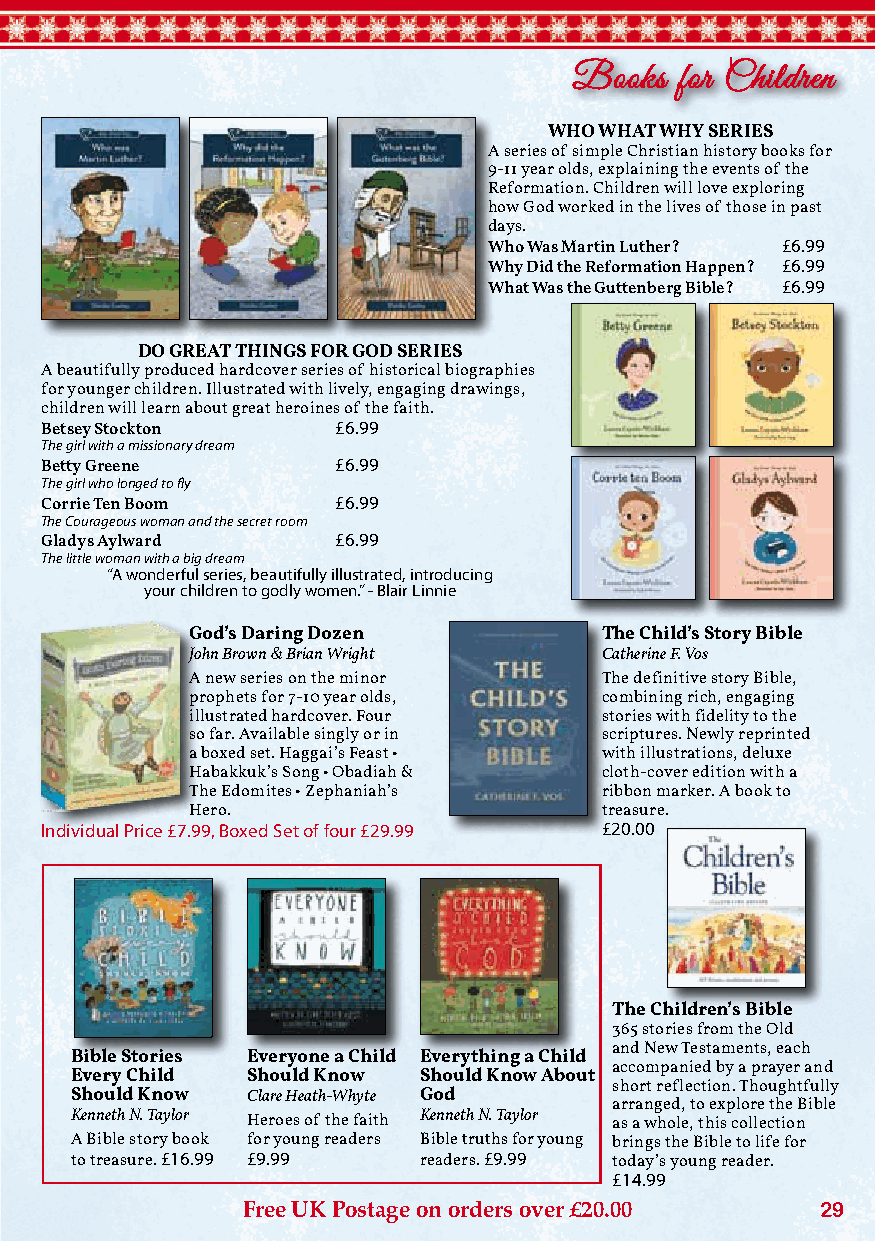
Books  for Children
 WHO WHAT WHY SERIES
 A series of simple Christian history books for
 9-11 year olds, explaining the events of the
 Reformation. Children will love exploring
 how God worked in the lives of those in past
 days.
 Who Was Martin Luther? £6.99
 Why Did the Reformation Happen? £6.99
 What Was the Guttenberg Bible? £6.99
 DO GREAT THINGS FOR GOD SERIES
 A beautifully produced hardcover series of historical biographies
 for younger children. Illustrated with lively, engaging drawings,
 children will learn about great heroines of the faith.
 Betsey Stockton    £6.99
 The girl with a missionary dream
 Betty Greene       £6.99
 The girl who longed to fly
 Corrie Ten Boom    £6.99
 The Courageous woman and the secret room
 Gladys Aylward     £6.99
 The little woman with a big dream
 “A wonderful series, beautifully illustrated, introducing
 your children to godly women.” - Blair Linnie
 God’s Daring Dozen         The Child’s Story Bible
 John Brown & Brian Wright  Catherine F. Vos
 A new series on the minor  The definitive story Bible,
 prophets for 7-10 year olds, combining rich, engaging
 illustrated hardcover. Four stories with fidelity to the
 so far. Available singly or in scriptures. Newly reprinted
 a boxed set. Haggai’s Feast • with illustrations, deluxe
 Habakkuk’s Song • Obadiah & cloth-cover edition with a
 The Edomites • Zephaniah’s ribbon marker. A book to
 Hero.                      treasure.
 Individual Price £7.99, Boxed Set of four £29.99 £20.00
 The Children’s Bible
 365 stories from the Old
 and New Testaments, each
 Bible Stories Everyone a Child Everything a Child
 accompanied by a prayer and
 Every Child Should Know Should Know About
 short reflection. Thoughtfully
 Should Know Clare Heath-Whyte God
 arranged, to explore the Bible
 Kenneth N. Taylor Heroes of the faith Kenneth N. Taylor as a whole, this collection
 A Bible story book for young readers Bible truths for young brings the Bible to life for
 to treasure. £16.99 £9.99 readers. £9.99 today’s young reader.
 £14.99
 Free UK Postage on orders over £20.00 29